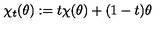
\chi _ { t } ( \theta ) : = t \chi ( \theta ) + ( 1 - t ) \theta